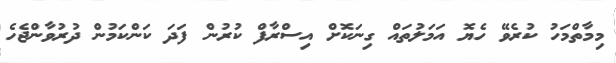
މިމާތްމަހު ކުރެވޭ ހެޔޮ އަމަލުތައް ގިނަކޮށް އިސްރާފް ކުރުން ފަދަ ކަންކަމުން ދުރުވާންޖެހެ